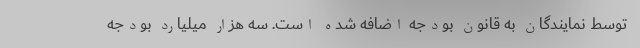
توسط نمایندگان به قانون بودجه اضافه شده است. سه هزار میلیارد بودجه